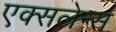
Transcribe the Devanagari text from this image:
एक्सलेन्स